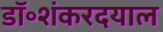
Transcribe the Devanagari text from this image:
डॉ॰शंकरदयाल